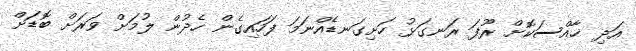
އަދި ޚާއްސަކޮށް ރޫފަ ރަނގަޅު ހަށިގަނޑެއްނަމަ ފަހައިގެން ހެދުން ލުމަށް ވަރަށް ބޮޑަށް